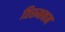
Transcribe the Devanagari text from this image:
तिरूमनम